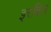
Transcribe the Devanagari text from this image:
इरबिल